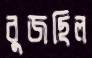
বুজছিল